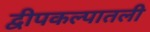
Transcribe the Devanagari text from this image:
द्वीपकल्पातली